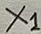
Text: X1